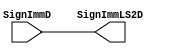
`timescale 1ns / 1ps

module LeftShift2 #(parameter WIDTH=32)
   (
    input [WIDTH-1:0] SignImmD,
    output [WIDTH-1:0] SignImmLS2D
    );

   assign SignImmLS2D=SignImmD;
   
endmodule // LeftShift2